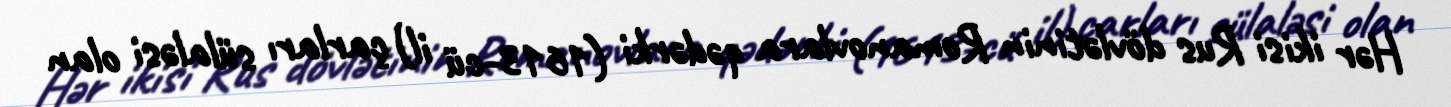
Hər ikisi Rus dövlətinin Romanovlara qədərki (1613-cü il) çarları sülaləsi olan